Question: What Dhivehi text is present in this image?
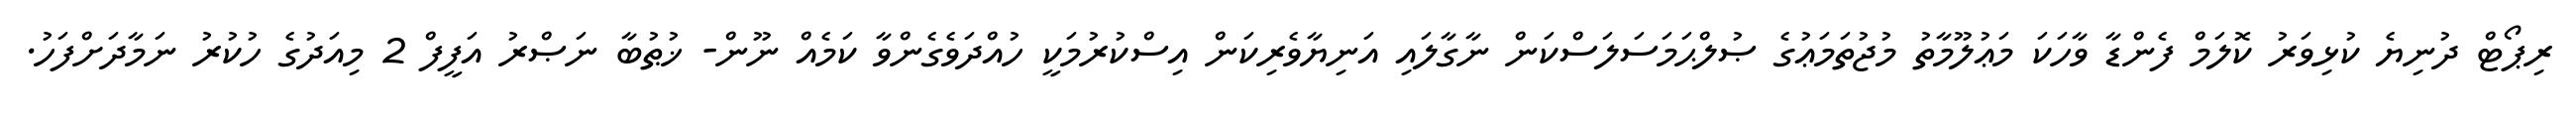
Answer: ރިޕޯޓް ދުނިޔެ ކުޅިވަރު ކޮލަމް ފެންޑާ ވާހަކަ މަޢުލޫމާތު މުޖުތަމަޢުގެ ޞުލްޙަމަސަލަސްކަން ނާގާލައި އަނިޔާވެރިކަން އިސްކުރުމަކީ ހުއްދަވެގެންވާ ކަމެއް ނޫން- ޚުޠުބާ ނަޞްރު އަފީފް 2 މިއަދުގެ ހުކުރު ނަމާދަށްފަހު.